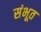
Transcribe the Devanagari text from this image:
संभूत